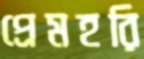
প্রেমহরি